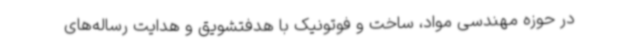
در حوزه مهندسی مواد، ساخت و فوتونیک با هدفتشویق و هدایت رساله‌های